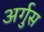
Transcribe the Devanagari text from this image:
अर्गुस